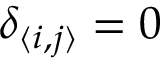
\delta _ { \langle i , j \rangle } = 0